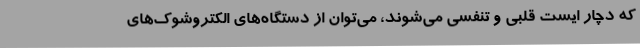
که دچار ایست قلبی و تنفسی می‌شوند، می‌توان از دستگاه‌های الکتروشوک‌های